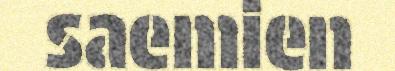
saemien